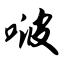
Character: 啵